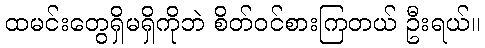
ထမင်းတွေရှိမရှိကိုဘဲ စိတ်ဝင်စားကြတယ် ဦးရယ်။